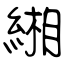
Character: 緗